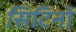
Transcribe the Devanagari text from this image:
सिटिनो